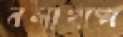
বলাখাল